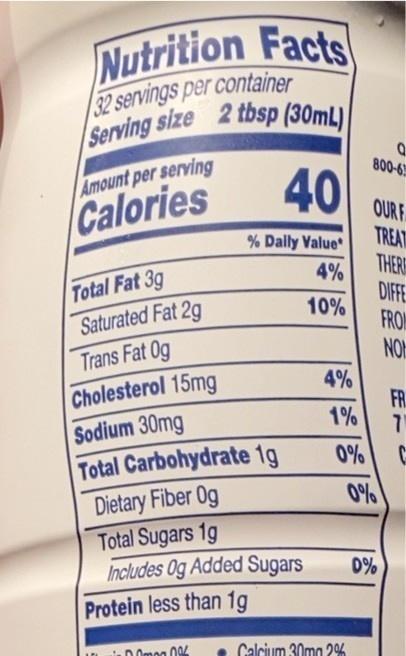
/Serving size 2 tbsp (30mL)|
Nutrition Facts /32 servings per container
800-6
40
Amount per serving
Calories
OURF TREAT THER
% Dally Value
Total Fat 3g Saturated Fat 2g Trans Fat 0g Cholesterol 15mg Sodium 30mg Total Carbohydrate 1g Dietary Fiber Og Total Sugars 1g Includes Og Added Sugars
4%
DIFFE FROM NOE 4% FR. 1%
10%
0%
0%
D%
Protein less than 1g
Calcium 30mg 2%